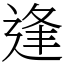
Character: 逢